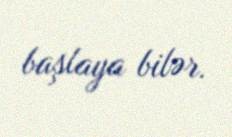
başlaya bilər.